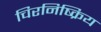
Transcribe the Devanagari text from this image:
चिरनिष्क्रिय